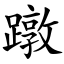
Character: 蹾